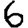
Digit: 6